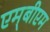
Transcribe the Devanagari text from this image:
एम्‌बीएम